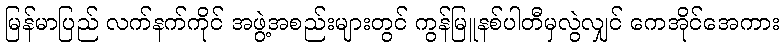
မြန်မာပြည် လက်နက်ကိုင် အဖွဲ့အစည်းများတွင် ကွန်မြူနစ်ပါတီမှလွဲလျှင် ကေအိုင်အေကား